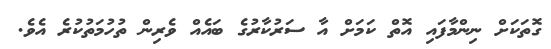
ގޮތަކަށް ނިންމާފައި އޮތް ކަމަށް އާ ސަރުކާރުގެ ބައެއް ވެރިން ތުހުމަތުކުރެ އެވެ.